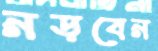
নড়বেন